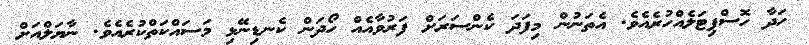
ހަދާ ހޮސްޕިޓަލެއްހުރެއެވެ. އެތަނުން މިފަދަ ކެންސަރަށް ފަރުވާއެއް ހޯދަން ކެނޑިނޭޅި މަސައްކަތްކުރެއެވެ. ނާޔަލްއަށް